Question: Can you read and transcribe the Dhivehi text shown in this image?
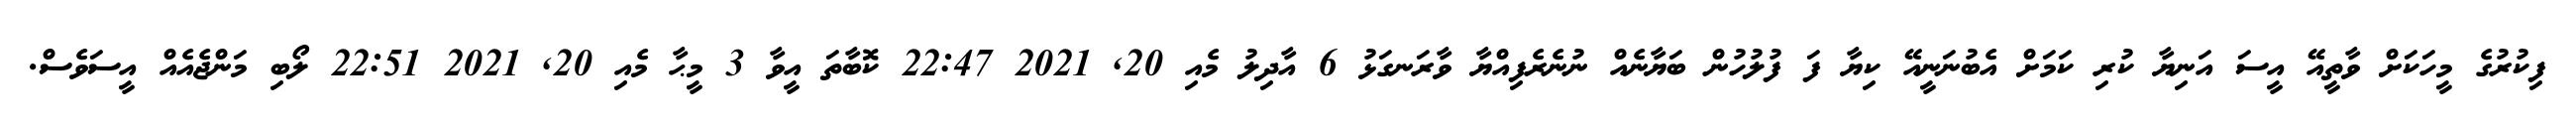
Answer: ފިކުރުގެ މީހަކަށް ވާތީއޭ އީސަ އަނިޔާ ކުރި ކަމަށް އެބުނަނީއޭ ކިޔާ ފަ ފުލުހުން ބަޔާނެއް ނުނެރެފިއްޔާ ވާރަނގަޅު 6 އާދިލު މެއި 20, 2021 22:47 ކޮބާތަ އީވާ 3 މީޙާ މެއި 20, 2021 22:51 ލޯބި މަންޖެއެއް އީސަވެސް.